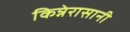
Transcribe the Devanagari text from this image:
किन्नेरासानी